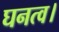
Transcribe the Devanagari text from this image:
घनत्व।